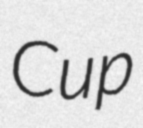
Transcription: Cup